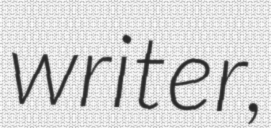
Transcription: writer,